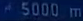
5000 m